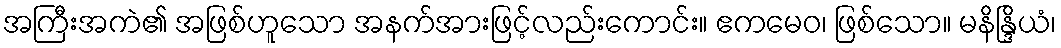
အကြီးအကဲ၏ အဖြစ်ဟူသော အနက်အားဖြင့်လည်းကောင်း။ ဧကမေဝ၊ ဖြစ်သော။ မနိန္ဒြိယံ၊